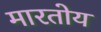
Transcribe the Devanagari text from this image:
मारतोय